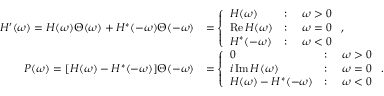
\begin{array} { r l } { H ^ { \prime } ( \omega ) = H ( \omega ) \Theta ( \omega ) + H ^ { * } ( - \omega ) \Theta ( - \omega ) } & { = \left\{ \begin{array} { l l } { H ( \omega ) } & { : \quad \omega > 0 } \\ { \operatorname { R e } H ( \omega ) } & { : \quad \omega = 0 } \\ { H ^ { * } ( - \omega ) } & { : \quad \omega < 0 } \end{array} \right. , } \\ { P ( \omega ) = [ H ( \omega ) - H ^ { * } ( - \omega ) ] \Theta ( - \omega ) } & { = \left\{ \begin{array} { l l } { 0 } & { : \quad \omega > 0 } \\ { i \operatorname { I m } H ( \omega ) } & { : \quad \omega = 0 } \\ { H ( \omega ) - H ^ { * } ( - \omega ) } & { : \quad \omega < 0 } \end{array} \right. . } \end{array}